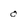
Character: 0